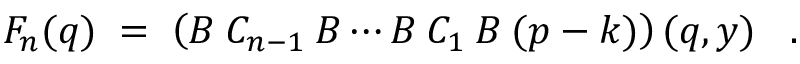
F _ { n } ( q ) \; = \; \left( { \cal { B } } \: C _ { n - 1 } \: { \cal { B } } \cdots { \cal { B } } \: C _ { 1 } \: { \cal { B } } \: ( p - k ) \right) ( q , y ) \; \; \; .